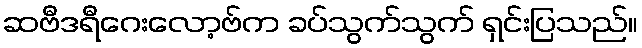
ဆဗီဒရီဂေးလော့ဗ်က ခပ်သွက်သွက် ရှင်းပြသည်။